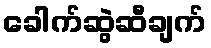
ခေါက်ဆွဲဆီချက်